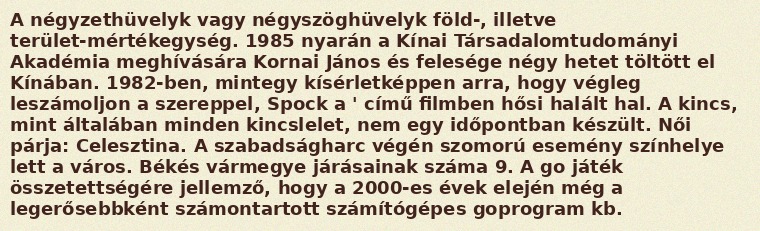
A négyzethüvelyk vagy négyszöghüvelyk föld-, illetve terület-mértékegység. 1985 nyarán a Kínai Társadalomtudományi Akadémia meghívására Kornai János és felesége négy hetet töltött el Kínában. 1982-ben, mintegy kísérletképpen arra, hogy végleg leszámoljon a szereppel, Spock a ' című filmben hősi halált hal. A kincs, mint általában minden kincslelet, nem egy időpontban készült. Női párja: Celesztina. A szabadságharc végén szomorú esemény színhelye lett a város. Békés vármegye járásainak száma 9. A go játék összetettségére jellemző, hogy a 2000-es évek elején még a legerősebbként számontartott számítógépes goprogram kb.